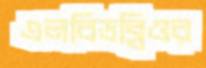
এলবিডব্লিওর